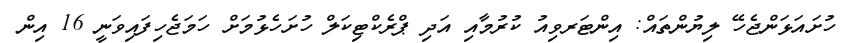
ހުށައަޅަންޖެހޭ ލިޔުންތައް: އިންޓަރވިއު ކުރުމާއި އަދި ޕްރެކްޓިކަލް ހުށަހެޅުމަށް ހަމަޖެހިފައިވަނީ 16 އިން